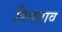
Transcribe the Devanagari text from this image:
हिमधाव